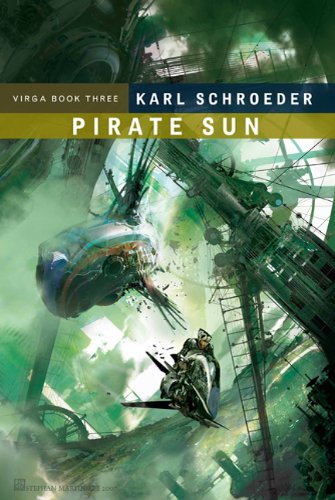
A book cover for Pirate Sun: Book Three of Virga; Karl Schroeder; Science Fiction & Fantasy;